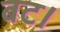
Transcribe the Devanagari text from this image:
बट।